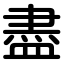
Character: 盡